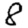
Digit: 8